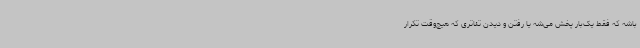
باشه که فقط یک‌بار پخش می‌شه یا رفتن و دیدن تئاتری که هیچ‌وقت تکرار